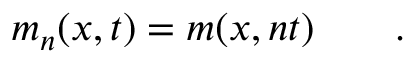
m _ { n } ( x , t ) = m ( x , n t ) \qquad .